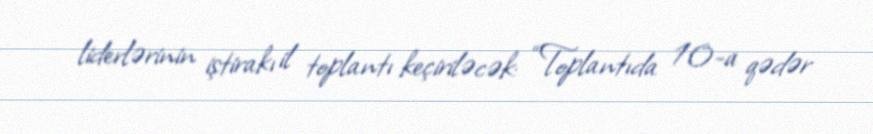
liderlərinin iştirakı il toplantı keçiriləcək: “Toplantıda 10-a qədər